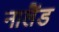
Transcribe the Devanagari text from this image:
नालैंड